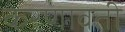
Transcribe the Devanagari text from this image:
करणावती